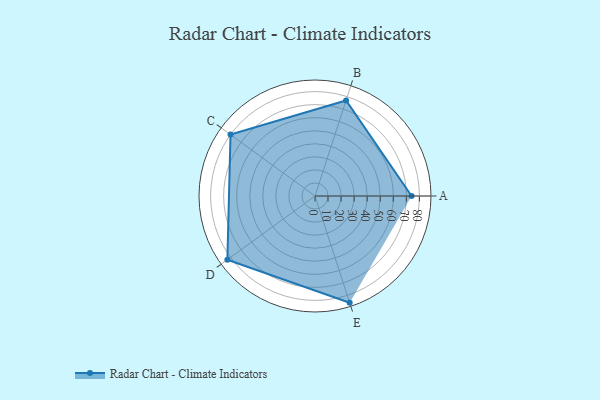
{"axis": {"x": "Skill", "y": "Score"}, "legend": ["Profile"], "data": [{"x": "A", "y": 74.0, "type": "Profile"}, {"x": "B", "y": 77.0, "type": "Profile"}, {"x": "C", "y": 80.0, "type": "Profile"}, {"x": "D", "y": 83.0, "type": "Profile"}, {"x": "E", "y": 86.0, "type": "Profile"}]}